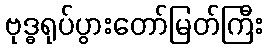
ဗုဒ္ဓရုပ်ပွားတော်မြတ်ကြီး